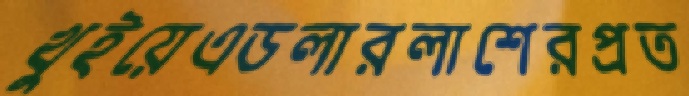
খুইয়েএডলারলাশেরপ্রত